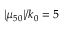
| \mu _ { 5 0 } | / k _ { 0 } = 5